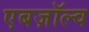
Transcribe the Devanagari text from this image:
एबज़ॉल्व